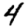
Digit: 4